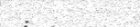
: